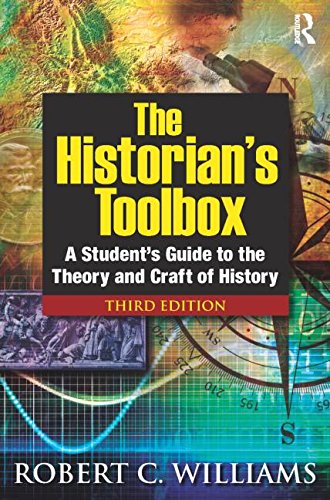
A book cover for The Historian's Toolbox: A Student's Guide to the Theory and Craft of History; Robert C Williams; History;